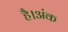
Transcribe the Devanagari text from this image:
है।अंक